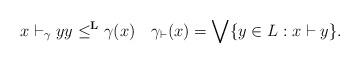
LaTeX: \begin{align*} x\vdash_{\gamma}y y\leq^{\mathbf{L}}\gamma(x) \quad \gamma_{\vdash}(x) =\bigvee\{y\in L : x\vdash y\}.\end{align*}